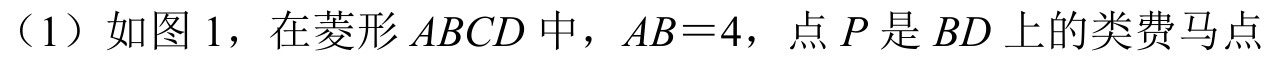
（1）如图 1，在菱形\(ABCD\)中，\(AB = 4\)，点\(P\)是\(BD\)上的类费马点